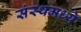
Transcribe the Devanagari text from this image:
संस्थमध्ये